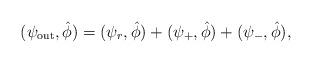
LaTeX: \begin{align*}(\psi_{{\rm out}},\hat{\phi}) = (\psi_{r},\hat{\phi})+(\psi_{+},\hat{\phi}) + (\psi_{-},\hat{\phi}),\end{align*}